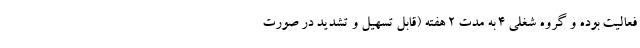
فعالیت بوده و گروه ‌شغلی ۴ به مدت ۲ هفته (قابل تسهیل و تشدید در صورت